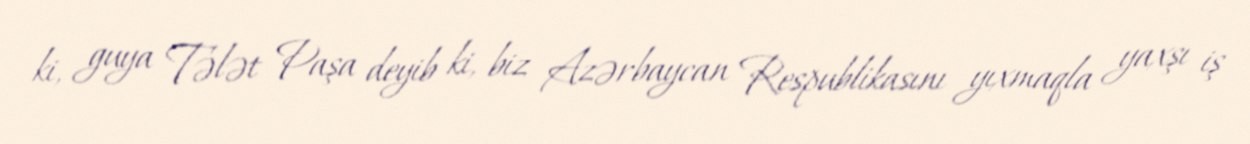
ki, guya Tələt Paşa deyib ki, biz Azərbaycan Respublikasını yıxmaqla yaxşı iş